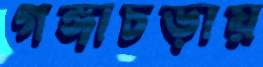
গঙ্গাচড়ায়